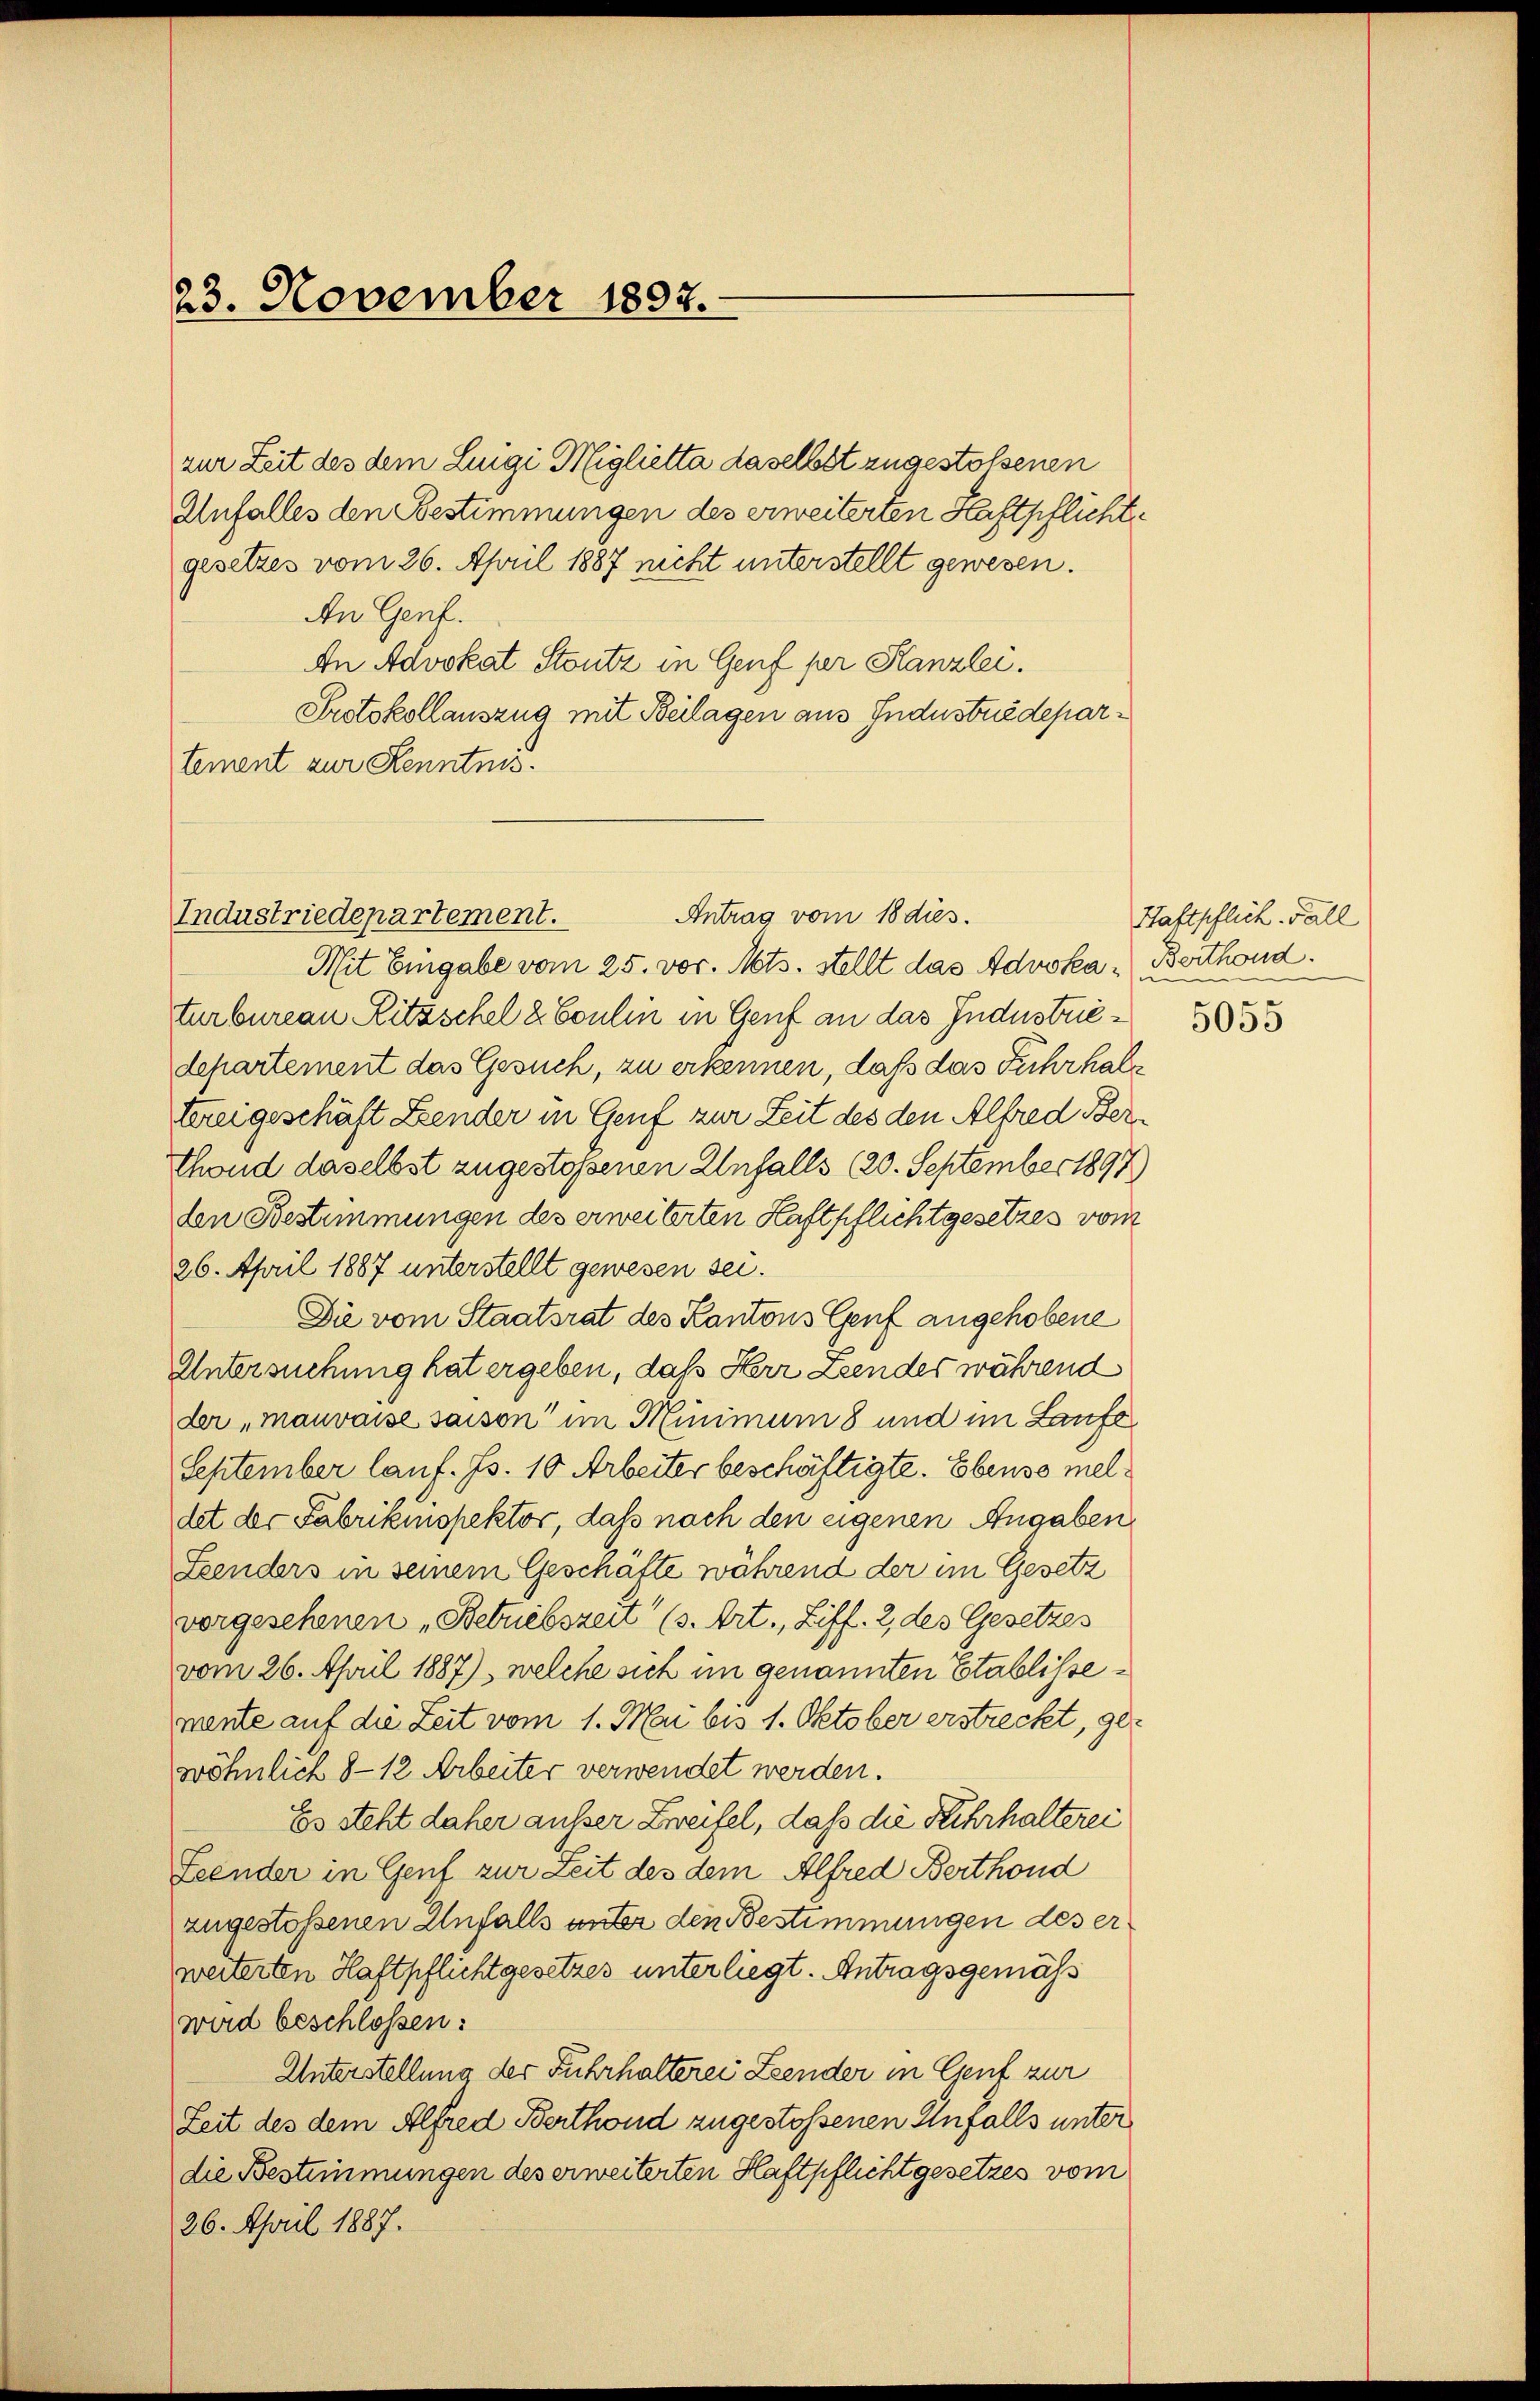
23. November 1897.

An Genf.
An Advokat Stoutz in Genf per Kanzlei.
Protokollauszug mit Beilagen aus Industriedepartement zur Kenntnis.

Industriedepartement.

zur Zeit des dem Lingi Miglietta daselbst zugestossenen
Anfalles den Bestimmungen des erweiterten Haftpflichte
gesetzes vom 26. April 1887 nicht unterstellt gewesen.

Mit Eingabe vom 25. vor. Mts. stellt das Advoka - Berthond.
turbureau Ritzschel 2 Coulin in Genf an das Industriedepartement das Gesuch, zu erkennen, daß das Fuhrhalterei geschäft Zender in Genf zur Zeit des den Alfred Ber¬
Thond daselbst zugestoßenen Unfalls (20. September 1897)
den Bestimmungen des erweiterten Haftpflichtgesetzes vom
26. April 1887 unterstellt gewesen sei.
Die vom Staatsrat des Kantons Genf angehobene
Untersuchung hat ergeben, daß Herr Zeendes während
der „mauvaise saison im Minimum 8 und im Laufe
September lauf. Fs. 10 Arbeiter beschäftigte. Ebenso meldet der Fabrikinspektor, daß nach den eigenen Angaben
Esenders in seinem Geschäfte während der im Gesetz
vorgesehenen „Betriebszeit (s. Art., Ziff. 2, des Gesetzes
vom 26. April 1887), welche sich im genannten Etablissewente auf die Zeit vom 1. Mai bis 1. Oktober erstreckt, ger
wöhnlich 8-12 Arbeiter verwendet werden.
Es steht daher ausser Zweifel, daß die Fuhrhalterei
Leender in Genf zur Zeit des dem Alfred Berthond
zugestoßenen Anfalls unter den Bestimmungen des er
weiterten Haftpflichtgesetzes unterliegt. Antragsgemäss
wird beschlossen:
Unterstellung der Fuhrhalterei Zeender in Genf zur
Zeit des dem Alfred Berthond zugestossenen Unfalls unter
die Bestimmungen des erweiterten Haftpflicht gesetzes vom
26. April 1887.

Antrag vom 18 dies.

Haftpflich. Fall
d
5055